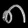
Digit: ၈